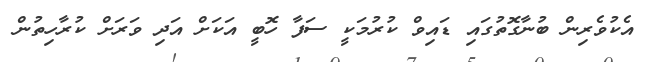
އެކުވެރިން ބުނާގޮތުގައި ޑައިވް ކުރުމަކީ ސަފާ ހޮބީ އަކަށް އަދި ވަރަށް ކުރާހިތުން